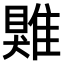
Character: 𩀎